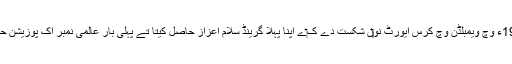
آپ نے 1978ء وچ ویمبلڈن وچ کرس ایورٹ نو‏‏ں شکست دے ک‏ے اپنا پہلا گرینڈ سلام اعزاز حاصل کیتا تے پہلی بار عالمی نمبر اک پوزیشن حاصل کر لئی۔